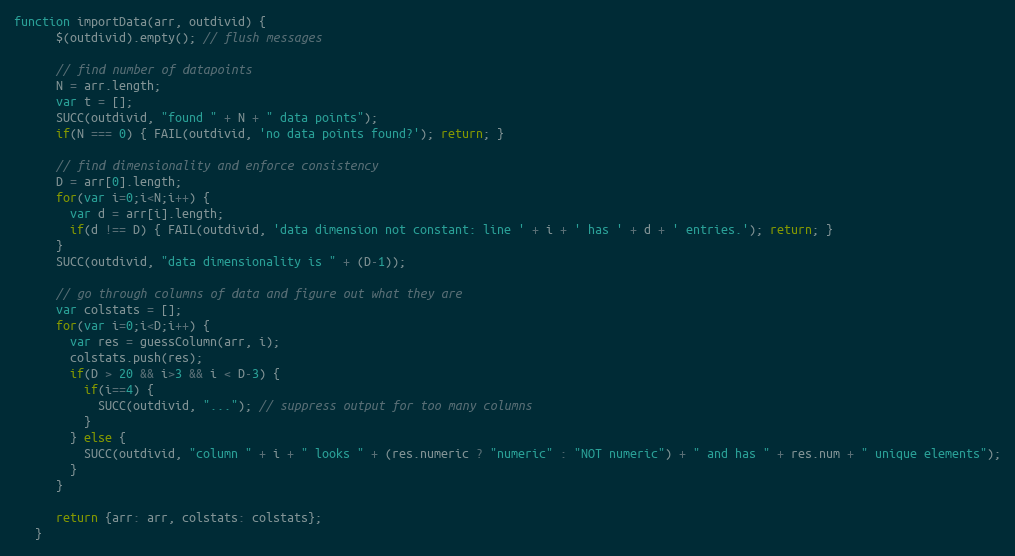
Language: JavaScript
function importData(arr, outdivid) {
      $(outdivid).empty(); // flush messages

      // find number of datapoints
      N = arr.length;
      var t = [];
      SUCC(outdivid, "found " + N + " data points");
      if(N === 0) { FAIL(outdivid, 'no data points found?'); return; }

      // find dimensionality and enforce consistency
      D = arr[0].length;
      for(var i=0;i<N;i++) {
        var d = arr[i].length;
        if(d !== D) { FAIL(outdivid, 'data dimension not constant: line ' + i + ' has ' + d + ' entries.'); return; }
      }
      SUCC(outdivid, "data dimensionality is " + (D-1));

      // go through columns of data and figure out what they are
      var colstats = [];
      for(var i=0;i<D;i++) {
        var res = guessColumn(arr, i);
        colstats.push(res);
        if(D > 20 && i>3 && i < D-3) {
          if(i==4) {
            SUCC(outdivid, "..."); // suppress output for too many columns
          }
        } else {
          SUCC(outdivid, "column " + i + " looks " + (res.numeric ? "numeric" : "NOT numeric") + " and has " + res.num + " unique elements");
        }
      }

      return {arr: arr, colstats: colstats};
   }